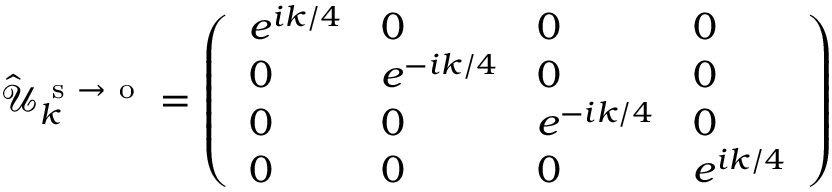
\hat { \mathcal { U } } _ { k } ^ { \mathrm { ~ s ~ } \to \mathrm { ~ o ~ } } = \left( \begin{array} { l l l l } { e ^ { i k / 4 } } & { 0 } & { 0 } & { 0 } \\ { 0 } & { e ^ { - i k / 4 } } & { 0 } & { 0 } \\ { 0 } & { 0 } & { e ^ { - i k / 4 } } & { 0 } \\ { 0 } & { 0 } & { 0 } & { e ^ { i k / 4 } } \end{array} \right)